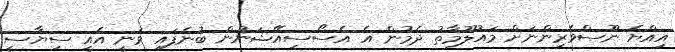
އިއްޔެ ނޫސްވެރިންނަށް މައުލޫމާތު ދެމުން އެ އެސޯސިއޭޝަނުން ބުނެފައި ވަނީ އެއީ ސިޔާސީ